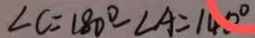
\angle C = 1 8 0 ^ { \circ } - \angle A = 1 4 0 ^ { \circ }